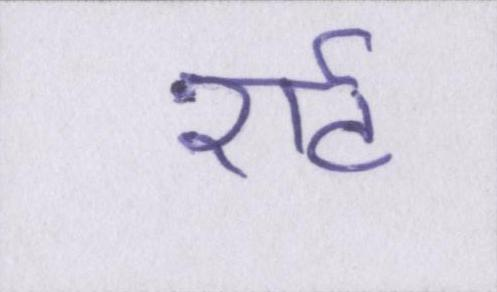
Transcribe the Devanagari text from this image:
शर्ट